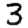
Digit: 3